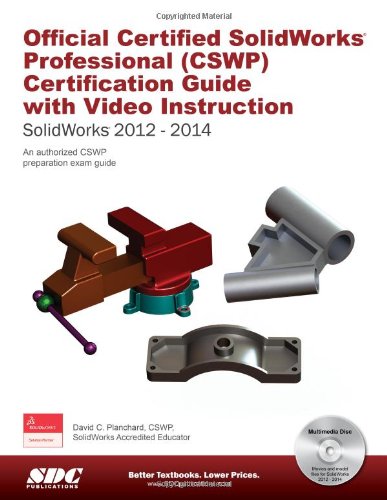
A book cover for Official Certified SolidWorks Professional (CSWP) Certification Guide with Video Instruction: SolidWorks 2012-2014; David C. Planchard; Engineering & Transportation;